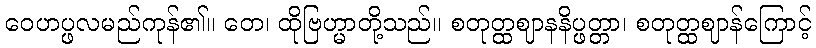
ဝေဟပ္ဖလမည်ကုန်၏။ တေ၊ ထိုဗြဟ္မာတို့သည်။ စတုတ္ထဈာနနိပ္ဖတ္တာ၊ စတုတ္ထဈာန်ကြောင့်